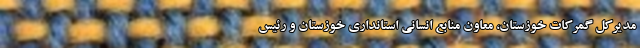
مدیرکل گمرکات خوزستان، معاون منابع انسانی استانداری خوزستان و رئیس